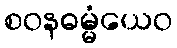
စဝနဓမ္မံယေဝ